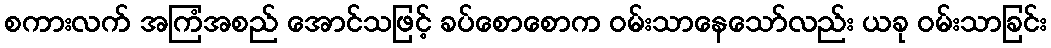
စကားလက် အကြံအစည် အောင်သဖြင့် ခပ်စောစောက ဝမ်းသာနေသော်လည်း ယခု ဝမ်းသာခြင်း